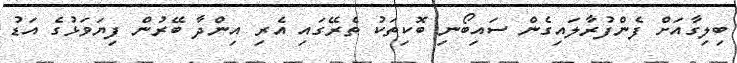
ބިލިގާއަށް ފެންފުރާލައިގެން ސައިބޯނި ބޮކިތަކު ތެރޭގައި އެރި އިންދާ ބޭރުން ފިޔަވަޅުގެ އަޑު